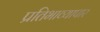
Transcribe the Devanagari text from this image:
प्रतिभाव्यापार